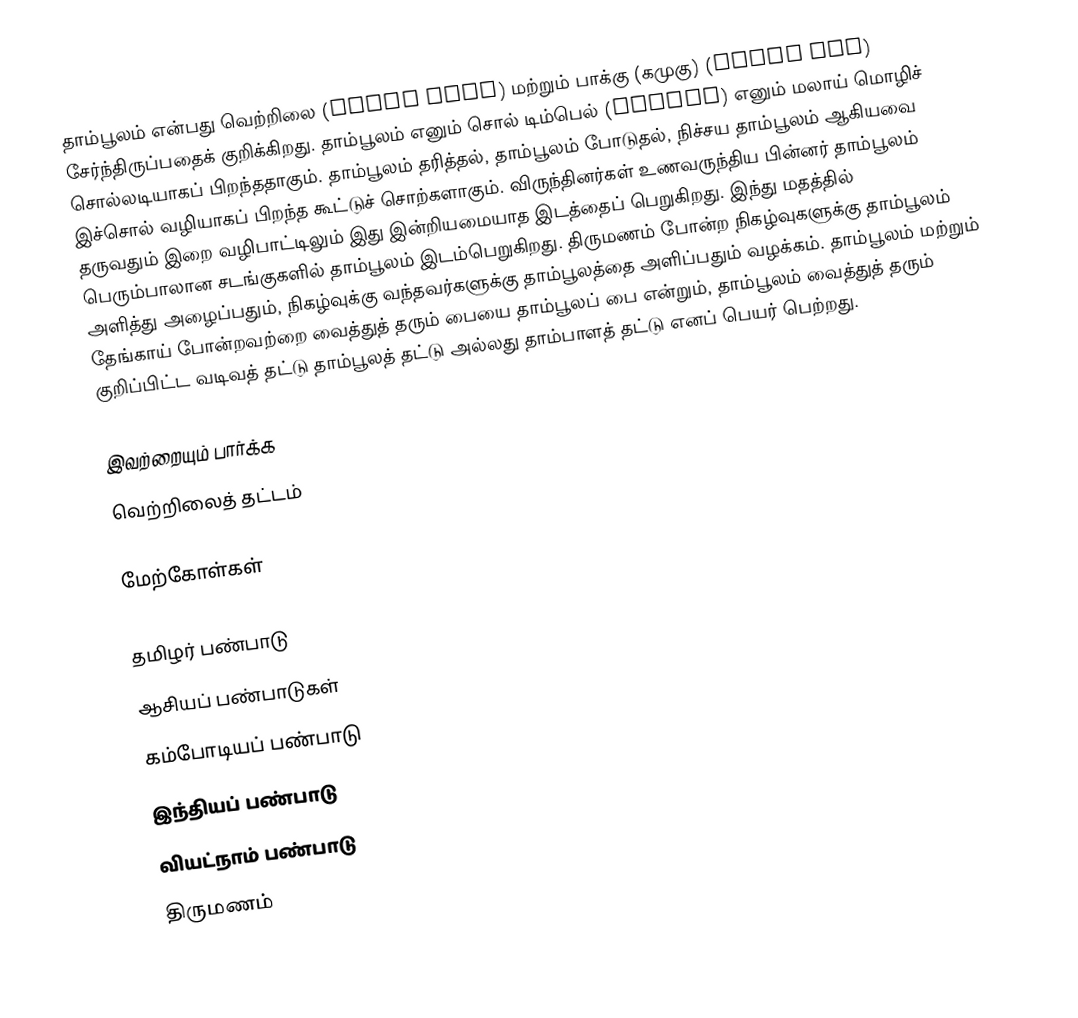
தாம்பூலம் என்பது வெற்றிலை (betel leaf) மற்றும் பாக்கு (கமுகு) (areca nut) சேர்ந்திருப்பதைக் குறிக்கிறது. தாம்பூலம் எனும் சொல் டிம்பெல் (timbel) எனும் மலாய் மொழிச் சொல்லடியாகப் பிறந்ததாகும்.  தாம்பூலம் தரித்தல், தாம்பூலம் போடுதல், நிச்சய தாம்பூலம் ஆகியவை இச்சொல் வழியாகப் பிறந்த கூட்டுச் சொற்களாகும். விருந்தினர்கள் உணவருந்திய பின்னர் தாம்பூலம் தருவதும் இறை வழிபாட்டிலும் இது இன்றியமையாத இடத்தைப் பெறுகிறது. இந்து மதத்தில் பெரும்பாலான சடங்குகளில் தாம்பூலம் இடம்பெறுகிறது. திருமணம் போன்ற நிகழ்வுகளுக்கு தாம்பூலம் அளித்து அழைப்பதும், நிகழ்வுக்கு வந்தவர்களுக்கு தாம்பூலத்தை அளிப்பதும் வழக்கம். தாம்பூலம் மற்றும் தேங்காய் போன்றவற்றை வைத்துத் தரும் பையை தாம்பூலப் பை என்றும், தாம்பூலம் வைத்துத் தரும் குறிப்பிட்ட வடிவத் தட்டு தாம்பூலத் தட்டு அல்லது தாம்பாளத் தட்டு எனப் பெயர் பெற்றது.

இவற்றையும் பார்க்க
வெற்றிலைத் தட்டம்

மேற்கோள்கள்

தமிழர் பண்பாடு
ஆசியப் பண்பாடுகள்
கம்போடியப் பண்பாடு
இந்தியப் பண்பாடு
வியட்நாம் பண்பாடு
திருமணம்